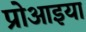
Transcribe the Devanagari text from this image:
प्रोआइया